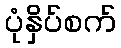
ပုံနှိပ်စက်